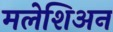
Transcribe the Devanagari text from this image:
मलेशिअन